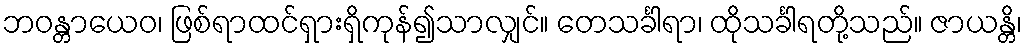
ဘဝန္တာယေဝ၊ ဖြစ်ရာထင်ရှားရှိကုန်၍သာလျှင်။ တေသင်္ခါရာ၊ ထိုသင်္ခါရတို့သည်။ ဇာယန္တိ၊